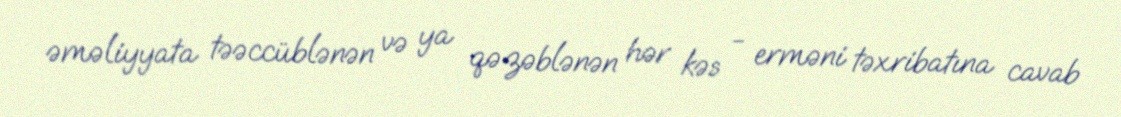
əməliyyata təəccüblənən və ya qəzəblənən hər kəs - erməni təxribatına cavab